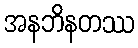
အနဘိနတဿ